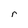
Character: r